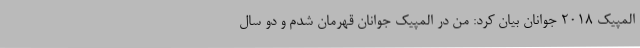
المپیک 2018 جوانان بیان کرد: من در المپیک جوانان قهرمان شدم و دو سال